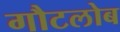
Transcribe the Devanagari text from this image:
गौटलोब